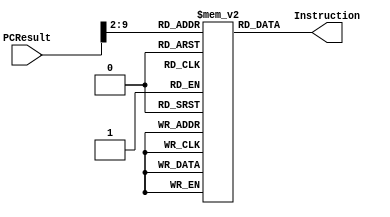
module InstructionMemory(PCResult, Instruction);

    input [31:0] PCResult;
    output [31:0] Instruction;
    
    reg [31:0] Memory [363:0];
    
    initial begin
    
        Memory[0] <= 32'b00100000000100000000000000000001;
        Memory[1] <= 32'b00000000000000000000000000000000;
        Memory[2] <= 32'b00000000000000000000000000000000;
        Memory[3] <= 32'b00000000000000000000000000000000;
        Memory[4] <= 32'b00000000000000000000000000000000;
        Memory[5] <= 32'b00000000000000000000000000000000;
        
        Memory[6] <= 32'b00100000000100010000000000000001;
        Memory[7] <= 32'b00000000000000000000000000000000;
        Memory[8] <= 32'b00000000000000000000000000000000;
        Memory[9] <= 32'b00000000000000000000000000000000;
        Memory[10] <= 32'b00000000000000000000000000000000;
        Memory[11] <= 32'b00000000000000000000000000000000;        
        
        
        Memory[12] <= 32'b00000010000100011000000000100100;
        Memory[13] <= 32'b00000000000000000000000000000000;
        Memory[14] <= 32'b00000000000000000000000000000000;
        Memory[15] <= 32'b00000000000000000000000000000000;
        Memory[16] <= 32'b00000000000000000000000000000000;
        Memory[17] <= 32'b00000000000000000000000000000000;
        
        Memory[18] <= 32'b00000010000000001000000000100100;
        Memory[19] <= 32'b00000000000000000000000000000000;
        Memory[20] <= 32'b00000000000000000000000000000000;
        Memory[21] <= 32'b00000000000000000000000000000000;
        Memory[22] <= 32'b00000000000000000000000000000000;
        Memory[23] <= 32'b00000000000000000000000000000000;        
        
        Memory[24] <= 32'b00000010001100001000000000100010;
        Memory[25] <= 32'b00000000000000000000000000000000;
        Memory[26] <= 32'b00000000000000000000000000000000;
        Memory[27] <= 32'b00000000000000000000000000000000;
        Memory[28] <= 32'b00000000000000000000000000000000;
        Memory[29] <= 32'b00000000000000000000000000000000;        
        
        Memory[30] <= 32'b00000010000000001000000000100111;
        Memory[31] <= 32'b00000000000000000000000000000000;
        Memory[32] <= 32'b00000000000000000000000000000000;
        Memory[33] <= 32'b00000000000000000000000000000000;
        Memory[34] <= 32'b00000000000000000000000000000000;
        Memory[35] <= 32'b00000000000000000000000000000000;        
        
        Memory[36] <= 32'b00000010000000001000000000100111;
        Memory[37] <= 32'b00000000000000000000000000000000;
        Memory[38] <= 32'b00000000000000000000000000000000;
        Memory[39] <= 32'b00000000000000000000000000000000;
        Memory[40] <= 32'b00000000000000000000000000000000;
        Memory[41] <= 32'b00000000000000000000000000000000;        
        
        Memory[42] <= 32'b00000000000000001000000000100101;
        Memory[43] <= 32'b00000000000000000000000000000000;
        Memory[44] <= 32'b00000000000000000000000000000000;
        Memory[45] <= 32'b00000000000000000000000000000000;
        Memory[46] <= 32'b00000000000000000000000000000000;
        Memory[47] <= 32'b00000000000000000000000000000000;        
        
        Memory[48] <= 32'b00000010001000001000000000100101;
        Memory[49] <= 32'b00000000000000000000000000000000;
        Memory[50] <= 32'b00000000000000000000000000000000;
        Memory[51] <= 32'b00000000000000000000000000000000;
        Memory[52] <= 32'b00000000000000000000000000000000;
        Memory[53] <= 32'b00000000000000000000000000000000;        
        
        Memory[54] <= 32'b00000000000100001000000010000000;
        Memory[55] <= 32'b00000000000000000000000000000000;
        Memory[56] <= 32'b00000000000000000000000000000000;
        Memory[57] <= 32'b00000000000000000000000000000000;
        Memory[58] <= 32'b00000000000000000000000000000000;
        Memory[59] <= 32'b00000000000000000000000000000000;        
        
        Memory[60] <= 32'b00000010001100001000000000000100;
        Memory[61] <= 32'b00000000000000000000000000000000;
        Memory[62] <= 32'b00000000000000000000000000000000;
        Memory[63] <= 32'b00000000000000000000000000000000;
        Memory[64] <= 32'b00000000000000000000000000000000; //doesn't read
        Memory[65] <= 32'b00000000000000000000000000000000;        
        
        Memory[66] <= 32'b00000010000000001000000000101010;
        Memory[67] <= 32'b00000000000000000000000000000000;
        Memory[68] <= 32'b00000000000000000000000000000000;
        Memory[69] <= 32'b00000000000000000000000000000000;
        Memory[70] <= 32'b00000000000000000000000000000000;
        Memory[71] <= 32'b00000000000000000000000000000000;        
        
        Memory[72] <= 32'b00000010000100011000000000101010;
        Memory[73] <= 32'b00000000000000000000000000000000;
        Memory[74] <= 32'b00000000000000000000000000000000;
        Memory[75] <= 32'b00000000000000000000000000000000;
        Memory[76] <= 32'b00000000000000000000000000000000;
        Memory[77] <= 32'b00000000000000000000000000000000;        
        
        Memory[78] <= 32'b00000000000100011000000001000011;
        Memory[79] <= 32'b00000000000000000000000000000000;
        Memory[80] <= 32'b00000000000000000000000000000000;
        Memory[81] <= 32'b00000000000000000000000000000000;
        Memory[82] <= 32'b00000000000000000000000000000000;
        Memory[83] <= 32'b00000000000000000000000000000000;        
        
        Memory[84] <= 32'b00000000000100011000000000000111;
        Memory[85] <= 32'b00000000000000000000000000000000;
        Memory[86] <= 32'b00000000000000000000000000000000;
        Memory[87] <= 32'b00000000000000000000000000000000;
        Memory[88] <= 32'b00000000000000000000000000000000;
        Memory[89] <= 32'b00000000000000000000000000000000;        
        
        Memory[90] <= 32'b00000000000100011000000001000010;
        Memory[91] <= 32'b00000000000000000000000000000000;
        Memory[92] <= 32'b00000000000000000000000000000000;
        Memory[93] <= 32'b00000000000000000000000000000000;
        Memory[94] <= 32'b00000000000000000000000000000000;
        Memory[95] <= 32'b00000000000000000000000000000000;        
        
        Memory[96] <= 32'b00000000000100011000000011000000;
        Memory[97] <= 32'b00000000000000000000000000000000;
        Memory[98] <= 32'b00000000000000000000000000000000;
        Memory[99] <= 32'b00000000000000000000000000000000;
        Memory[100] <= 32'b00000000000000000000000000000000;
        Memory[101] <= 32'b00000000000000000000000000000000;        
        
        Memory[102] <= 32'b00000000000100001000000011000010;
        Memory[103] <= 32'b00000000000000000000000000000000;
        Memory[104] <= 32'b00000000000000000000000000000000;
        Memory[105] <= 32'b00000000000000000000000000000000;
        Memory[106] <= 32'b00000000000000000000000000000000;
        Memory[107] <= 32'b00000000000000000000000000000000;        
        
        Memory[108] <= 32'b00000010001100001000000000000100;
        Memory[109] <= 32'b00000000000000000000000000000000;
        Memory[110] <= 32'b00000000000000000000000000000000;
        Memory[111] <= 32'b00000000000000000000000000000000;
        Memory[112] <= 32'b00000000000000000000000000000000;
        Memory[113] <= 32'b00000000000000000000000000000000;        
        
        Memory[114] <= 32'b00000010001100001000000000000110;
        Memory[115] <= 32'b00000000000000000000000000000000;
        Memory[116] <= 32'b00000000000000000000000000000000;
        Memory[117] <= 32'b00000000000000000000000000000000;
        Memory[118] <= 32'b00000000000000000000000000000000;
        Memory[119] <= 32'b00000000000000000000000000000000;        
        
        Memory[120] <= 32'b00000010000100011000000000100110;
        Memory[121] <= 32'b00000000000000000000000000000000;
        Memory[122] <= 32'b00000000000000000000000000000000;
        Memory[123] <= 32'b00000000000000000000000000000000;
        Memory[124] <= 32'b00000000000000000000000000000000;
        Memory[125] <= 32'b00000000000000000000000000000000;        
        
        Memory[126] <= 32'b00000010000100011000000000100110;
        Memory[127] <= 32'b00000000000000000000000000000000;
        Memory[128] <= 32'b00000000000000000000000000000000;
        Memory[129] <= 32'b00000000000000000000000000000000;
        Memory[130] <= 32'b00000000000000000000000000000000;
        Memory[131] <= 32'b00000000000000000000000000000000;        
        
        Memory[132] <= 32'b00100000000100100000000000000100;
        Memory[133] <= 32'b00000000000000000000000000000000;
        Memory[134] <= 32'b00000000000000000000000000000000;
        Memory[135] <= 32'b00000000000000000000000000000000;
        Memory[136] <= 32'b00000000000000000000000000000000;
        Memory[137] <= 32'b00000000000000000000000000000000;        
        
        Memory[138] <= 32'b01110010000100101000000000000010;
        Memory[139] <= 32'b00000000000000000000000000000000;
        Memory[140] <= 32'b00000000000000000000000000000000;
        Memory[141] <= 32'b00000000000000000000000000000000;
        Memory[142] <= 32'b00000000000000000000000000000000;
        Memory[143] <= 32'b00000000000000000000000000000000;        
        
        Memory[144] <= 32'b00100010000100000000000000000100;
        Memory[145] <= 32'b00000000000000000000000000000000;
        Memory[146] <= 32'b00000000000000000000000000000000;
        Memory[147] <= 32'b00000000000000000000000000000000;
        Memory[148] <= 32'b00000000000000000000000000000000;
        Memory[149] <= 32'b00000000000000000000000000000000;        
        
        Memory[150] <= 32'b00110010000100000000000000000000;
        Memory[151] <= 32'b00000000000000000000000000000000;
        Memory[152] <= 32'b00000000000000000000000000000000;
        Memory[153] <= 32'b00000000000000000000000000000000;
        Memory[154] <= 32'b00000000000000000000000000000000;
        Memory[155] <= 32'b00000000000000000000000000000000;        
        
        Memory[156] <= 32'b00110110000100000000000000000001;
        Memory[157] <= 32'b00000000000000000000000000000000;
        Memory[158] <= 32'b00000000000000000000000000000000;
        Memory[159] <= 32'b00000000000000000000000000000000;
        Memory[160] <= 32'b00000000000000000000000000000000;
        Memory[161] <= 32'b00000000000000000000000000000000;        
        
        Memory[162] <= 32'b00101010000100000000000000000000;
        Memory[163] <= 32'b00000000000000000000000000000000;
        Memory[164] <= 32'b00000000000000000000000000000000;
        Memory[165] <= 32'b00000000000000000000000000000000;
        Memory[166] <= 32'b00000000000000000000000000000000;
        Memory[167] <= 32'b00000000000000000000000000000000;        
        
        Memory[168] <= 32'b00101010000100000000000000000001;
        Memory[169] <= 32'b00000000000000000000000000000000;
        Memory[170] <= 32'b00000000000000000000000000000000;
        Memory[171] <= 32'b00000000000000000000000000000000;
        Memory[172] <= 32'b00000000000000000000000000000000;
        Memory[173] <= 32'b00000000000000000000000000000000;        
        
        Memory[174] <= 32'b00111010000100000000000000000001;
        Memory[175] <= 32'b00000000000000000000000000000000;
        Memory[176] <= 32'b00000000000000000000000000000000;
        Memory[177] <= 32'b00000000000000000000000000000000;
        Memory[178] <= 32'b00000000000000000000000000000000;
        Memory[179] <= 32'b00000000000000000000000000000000;        
        
        Memory[180] <= 32'b00111010000100000000000000000001;
        Memory[181] <= 32'b00000000000000000000000000000000;
        Memory[182] <= 32'b00000000000000000000000000000000;
        Memory[183] <= 32'b00000000000000000000000000000000;
        Memory[184] <= 32'b00000000000000000000000000000000;
        Memory[185] <= 32'b00000000000000000000000000000000;        
        
        Memory[186] <= 32'b00100000000100001111111111111110;
        Memory[187] <= 32'b00000000000000000000000000000000;
        Memory[188] <= 32'b00000000000000000000000000000000;
        Memory[189] <= 32'b00000000000000000000000000000000;
        Memory[190] <= 32'b00000000000000000000000000000000;
        Memory[191] <= 32'b00000000000000000000000000000000;        
        
        Memory[192] <= 32'b00100000000100010000000000000010;
        Memory[193] <= 32'b00000000000000000000000000000000;
        Memory[194] <= 32'b00000000000000000000000000000000;
        Memory[195] <= 32'b00000000000000000000000000000000;
        Memory[196] <= 32'b00000000000000000000000000000000;
        Memory[197] <= 32'b00000000000000000000000000000000;        
        
        Memory[198] <= 32'b00000010001100001001000000101011;
        Memory[199] <= 32'b00000000000000000000000000000000;
        Memory[200] <= 32'b00000000000000000000000000000000;
        Memory[201] <= 32'b00000000000000000000000000000000;
        Memory[202] <= 32'b00000000000000000000000000000000;
        Memory[203] <= 32'b00000000000000000000000000000000;        
        
        Memory[204] <= 32'b00101110001100001111111111111110;
        Memory[205] <= 32'b00000000000000000000000000000000;
        Memory[206] <= 32'b00000000000000000000000000000000;
        Memory[207] <= 32'b00000000000000000000000000000000;
        Memory[208] <= 32'b00000000000000000000000000000000;
        Memory[209] <= 32'b00000000000000000000000000000000;        
        
        Memory[210] <= 32'b00000010001000001000000000001010;
        Memory[211] <= 32'b00000000000000000000000000000000;
        Memory[212] <= 32'b00000000000000000000000000000000;
        Memory[213] <= 32'b00000000000000000000000000000000;
        Memory[214] <= 32'b00000000000000000000000000000000;
        Memory[215] <= 32'b00000000000000000000000000000000;        
        
        Memory[216] <= 32'b00000000000100011000000000001011;
        Memory[217] <= 32'b00000000000000000000000000000000;
        Memory[218] <= 32'b00000000000000000000000000000000;
        Memory[219] <= 32'b00000000000000000000000000000000;
        Memory[220] <= 32'b00000000000000000000000000000000;
        Memory[221] <= 32'b00000000000000000000000000000000;        
        
        Memory[222] <= 32'b00000010001100101000000000100000;
        Memory[223] <= 32'b00000000000000000000000000000000;
        Memory[224] <= 32'b00000000000000000000000000000000;
        Memory[225] <= 32'b00000000000000000000000000000000;
        Memory[226] <= 32'b00000000000000000000000000000000;
        Memory[227] <= 32'b00000000000000000000000000000000;        
        
        Memory[228] <= 32'b00100000000100001111111111111110;
        Memory[229] <= 32'b00000000000000000000000000000000;
        Memory[230] <= 32'b00000000000000000000000000000000;
        Memory[231] <= 32'b00000000000000000000000000000000;
        Memory[232] <= 32'b00000000000000000000000000000000;
        Memory[233] <= 32'b00000000000000000000000000000000;        
        
        Memory[234] <= 32'b00000010001100001000100000100001;
        Memory[235] <= 32'b00000000000000000000000000000000;
        Memory[236] <= 32'b00000000000000000000000000000000;
        Memory[237] <= 32'b00000000000000000000000000000000;
        Memory[238] <= 32'b00000000000000000000000000000000;
        Memory[239] <= 32'b00000000000000000000000000000000;        
        
        Memory[240] <= 32'b00100100000100011111111111111111;
        Memory[241] <= 32'b00000000000000000000000000000000;
        Memory[242] <= 32'b00000000000000000000000000000000;
        Memory[243] <= 32'b00000000000000000000000000000000;
        Memory[244] <= 32'b00000000000000000000000000000000;
        Memory[245] <= 32'b00000000000000000000000000000000;        
        
        Memory[246] <= 32'b00100000000100100000000000100000;
        Memory[247] <= 32'b00000000000000000000000000000000;
        Memory[248] <= 32'b00000000000000000000000000000000;
        Memory[249] <= 32'b00000000000000000000000000000000;
        Memory[250] <= 32'b00000000000000000000000000000000;
        Memory[251] <= 32'b00000000000000000000000000000000;        
        
        Memory[252] <= 32'b00000010001100100000000000011000;
        Memory[253] <= 32'b00000000000000000000000000000000;
        Memory[254] <= 32'b00000000000000000000000000000000;
        Memory[255] <= 32'b00000000000000000000000000000000;
        Memory[256] <= 32'b00000000000000000000000000000000;
        Memory[257] <= 32'b00000000000000000000000000000000;        
        
        Memory[258] <= 32'b00100000000101001111111111111111;
        Memory[259] <= 32'b00000000000000000000000000000000;
        Memory[260] <= 32'b00000000000000000000000000000000;
        Memory[261] <= 32'b00000000000000000000000000000000;
        Memory[262] <= 32'b00000000000000000000000000000000;
        Memory[263] <= 32'b00000000000000000000000000000000;        
        
        Memory[264] <= 32'b00100000000101011111111111100000;
        Memory[265] <= 32'b00000000000000000000000000000000;
        Memory[266] <= 32'b00000000000000000000000000000000;
        Memory[277] <= 32'b00000000000000000000000000000000;
        Memory[288] <= 32'b00000000000000000000000000000000;
        Memory[299] <= 32'b00000000000000000000000000000000;        
        
        Memory[300] <= 32'b00000010001100100000000000011001;
        Memory[301] <= 32'b00000000000000000000000000000000;
        Memory[302] <= 32'b00000000000000000000000000000000;
        Memory[303] <= 32'b00000000000000000000000000000000;
        Memory[304] <= 32'b00000000000000000000000000000000;
        Memory[305] <= 32'b00000000000000000000000000000000;        
        
        Memory[306] <= 32'b00100000000101000000000000011111;
        Memory[307] <= 32'b00000000000000000000000000000000;
        Memory[308] <= 32'b00000000000000000000000000000000;
        Memory[309] <= 32'b00000000000000000000000000000000;
        Memory[310] <= 32'b00000000000000000000000000000000;
        Memory[311] <= 32'b00000000000000000000000000000000;        
        
        Memory[312] <= 32'b00100000000101011111111111100000;
        Memory[313] <= 32'b00000000000000000000000000000000;
        Memory[314] <= 32'b00000000000000000000000000000000;
        Memory[315] <= 32'b00000000000000000000000000000000;
        Memory[316] <= 32'b00000000000000000000000000000000;
        Memory[317] <= 32'b00000000000000000000000000000000;        
        
        Memory[318] <= 32'b01110010001100100000000000000000;
        Memory[319] <= 32'b00000000000000000000000000000000;
        Memory[320] <= 32'b00000000000000000000000000000000;
        Memory[321] <= 32'b00000000000000000000000000000000;
        Memory[322] <= 32'b00000000000000000000000000000000;
        Memory[323] <= 32'b00000000000000000000000000000000;        
        
        Memory[324] <= 32'b00100000000101000000000000011111;
        Memory[325] <= 32'b00000000000000000000000000000000;
        Memory[326] <= 32'b00000000000000000000000000000000;
        Memory[327] <= 32'b00000000000000000000000000000000;
        Memory[328] <= 32'b00000000000000000000000000000000;
        Memory[329] <= 32'b00000000000000000000000000000000;        
        
        Memory[330] <= 32'b00100000000101011111111111000000;
        Memory[331] <= 32'b00000000000000000000000000000000;
        Memory[332] <= 32'b00000000000000000000000000000000;
        Memory[333] <= 32'b00000000000000000000000000000000;
        Memory[334] <= 32'b00000000000000000000000000000000;
        Memory[335] <= 32'b00000000000000000000000000000000;        
        
        Memory[336] <= 32'b00100000000101000000000000100000;
        Memory[337] <= 32'b00000000000000000000000000000000;
        Memory[338] <= 32'b00000000000000000000000000000000;
        Memory[339] <= 32'b00000000000000000000000000000000;
        Memory[340] <= 32'b00000000000000000000000000000000;
        Memory[341] <= 32'b00000000000000000000000000000000;        
        
        Memory[342] <= 32'b00100000000101011111111111111111;
        Memory[343] <= 32'b00000000000000000000000000000000;
        Memory[344] <= 32'b00000000000000000000000000000000;
        Memory[345] <= 32'b00000000000000000000000000000000;
        Memory[346] <= 32'b00000000000000000000000000000000;
        Memory[347] <= 32'b00000000000000000000000000000000;        
        
        Memory[348] <= 32'b00110010001100011111111111111111;
        Memory[349] <= 32'b00000000000000000000000000000000;
        Memory[350] <= 32'b00000000000000000000000000000000;
        Memory[351] <= 32'b00000000000000000000000000000000;
        Memory[352] <= 32'b00000000000000000000000000000000;
        Memory[353] <= 32'b00000000000000000000000000000000;        
        
        Memory[354] <= 32'b01110010100100100000000000000100;
        Memory[355] <= 32'b00000000000000000000000000000000;
        Memory[356] <= 32'b00000000000000000000000000000000;
        Memory[357] <= 32'b00000000000000000000000000000000;
        Memory[358] <= 32'b00000000000000000000000000000000;
        Memory[359] <= 32'b00000000000000000000000000000000;        
        
        Memory[360] <= 32'b00100000000101000000000000100000;
        Memory[361] <= 32'b00000000000000000000000000000000;
        Memory[362] <= 32'b00000000000000000000000000000000;
        Memory[363] <= 32'b00000000000000000000000000000000;
        Memory[364] <= 32'b00000000000000000000000000000000;
        Memory[365] <= 32'b00000000000000000000000000000000;        
        
        Memory[366] <= 32'b00100000000101011111101111111111;
        Memory[367] <= 32'b00000000000000000000000000000000;
        Memory[368] <= 32'b00000000000000000000000000000000;
        Memory[369] <= 32'b00000000000000000000000000000000;
        Memory[370] <= 32'b00000000000000000000000000000000;
        Memory[371] <= 32'b00000000000000000000000000000000;        
        
        Memory[372] <= 32'b00100000000100100000000000000001;
        Memory[373] <= 32'b00000000000000000000000000000000;
        Memory[374] <= 32'b00000000000000000000000000000000;
        Memory[375] <= 32'b00000000000000000000000000000000;
        Memory[376] <= 32'b00000000000000000000000000000000;
        Memory[377] <= 32'b00000000000000000000000000000000;        
        
        Memory[378] <= 32'b00000000001100101000111111000010;
        Memory[379] <= 32'b00000000000000000000000000000000;
        Memory[380] <= 32'b00000000000000000000000000000000;
        Memory[381] <= 32'b00000000000000000000000000000000;
        Memory[382] <= 32'b00000000000000000000000000000000;
        Memory[383] <= 32'b00000000000000000000000000000000;        
        
        Memory[384] <= 32'b00100000000101000000000000011111;
        Memory[385] <= 32'b00000000000000000000000000000000;
        Memory[386] <= 32'b00000000000000000000000000000000;
        Memory[387] <= 32'b00000000000000000000000000000000;
        Memory[388] <= 32'b00000000000000000000000000000000;
        Memory[389] <= 32'b00000000000000000000000000000000;        
        
        Memory[340] <= 32'b00000010100100011000100001000110;
        Memory[341] <= 32'b00000000000000000000000000000000;
        Memory[342] <= 32'b00000000000000000000000000000000;
        Memory[343] <= 32'b00000000000000000000000000000000;
        Memory[344] <= 32'b00000000000000000000000000000000;
        Memory[345] <= 32'b00000000000000000000000000000000;        
        
        Memory[346] <= 32'b00110100000100010000111111110000;
        Memory[347] <= 32'b00000000000000000000000000000000;
        Memory[348] <= 32'b00000000000000000000000000000000;
        Memory[349] <= 32'b00000000000000000000000000000000;
        Memory[350] <= 32'b00000000000000000000000000000000;
        Memory[351] <= 32'b00000000000000000000000000000000;        
        
        Memory[352] <= 32'b01111100000100011010010000100000;
        Memory[353] <= 32'b00000000000000000000000000000000;
        Memory[354] <= 32'b00000000000000000000000000000000;
        Memory[355] <= 32'b00000000000000000000000000000000;
        Memory[356] <= 32'b00000000000000000000000000000000;
        Memory[357] <= 32'b00000000000000000000000000000000;        
        
        Memory[358] <= 32'b01111100000100011010011000100000;
        Memory[359] <= 32'b00000000000000000000000000000000;
        Memory[360] <= 32'b00000000000000000000000000000000;
        Memory[361] <= 32'b00000000000000000000000000000000;
        Memory[362] <= 32'b00000000000000000000000000000000;
        Memory[363] <= 32'b00000000000000000000000000000000;        
                                                   

    
    end

    assign Instruction = Memory[PCResult[9:2]];

//    always @(PCResult)   begin 
//        Instruction = Memory[PCResult[10:2]];
//    end
endmodule